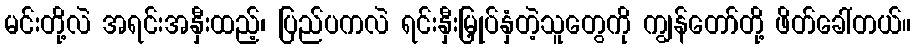
မင်းတို့လဲ အရင်းအနှီးထည့်၊ ပြည်ပကလဲ ရင်းနှီးမြှုပ်နှံတဲ့သူတွေကို ကျွန်တော်တို့ ဖိတ်ခေါ်တယ်။